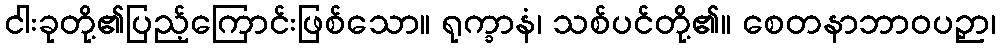
ငါးခုတို့၏ပြည့်ကြောင်းဖြစ်သော။ ရုက္ခာနံ၊ သစ်ပင်တို့၏။ စေတနာဘာဝပဉှာ၊